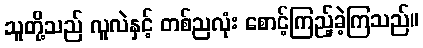
သူတို့သည် လူလဲနှင့် တစ်ညလုံး စောင့်ကြည့်ခဲ့ကြသည်။